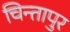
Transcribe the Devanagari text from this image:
चिन्तापुर